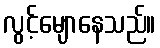
လွင့်မျောနေသည်။